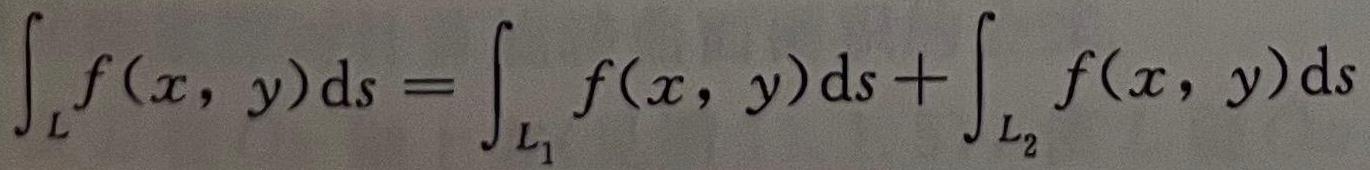
\[\int_{L} f(x, y) \mathrm{d} s=\int_{L_{1}} f(x, y) \mathrm{d} s+\int_{L_{2}} f(x, y) \mathrm{d} s\]